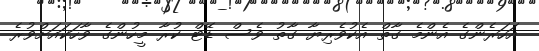
އަހަރެންގެ އެންމެ ގާތް އެކުވެރިޔާ ގާތު ވެސް ޑޭޓް ކުރާ މީހުންގެ ވާހަކައަށްވުރެ